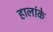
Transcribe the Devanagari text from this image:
हालांके